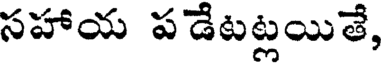
సహాయ పడేటట్లయితే,